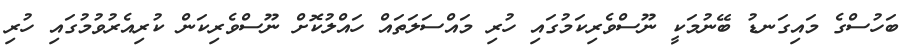
ބަހުސްގެ މައިގަނޑު ބޭނުމަކީ ނޫސްވެރިކަމުގައި ހުރި މައްސަލަތައް ހައްލުކޮށް ނޫސްވެރިކަން ކުރިއެރުވުމުގައި ހުރި